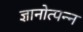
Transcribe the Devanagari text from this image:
ज्ञानोत्पन्न